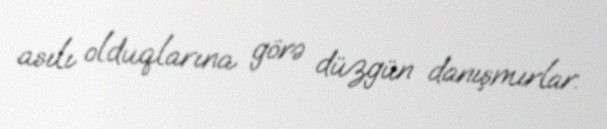
asılı olduqlarına görə düzgün danışmırlar.